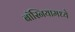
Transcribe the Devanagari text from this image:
बॉस्नियामध्ये